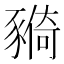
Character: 𧱺